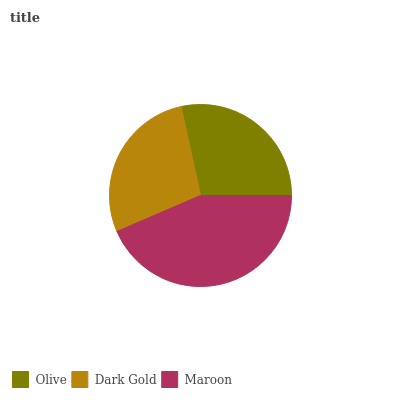
| Olive | Dark Gold | Maroon |
 | --- | --- | --- |
 | 28.3% | 28% | 43.6% |